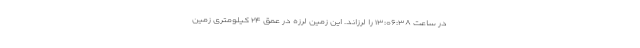
در ساعت ۱۳:۰۶:۳۸ را لرزاند. این زمین ‌لرزه در عمق ۲۴ کیلومتری زمین